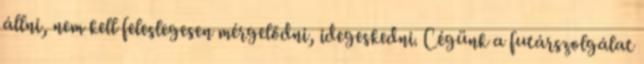
állni, nem kell feleslegesen mérgelődni, idegeskedni. Cégünk a futárszolgálat